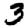
Digit: 3